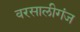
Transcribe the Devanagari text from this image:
वरसालीगंज